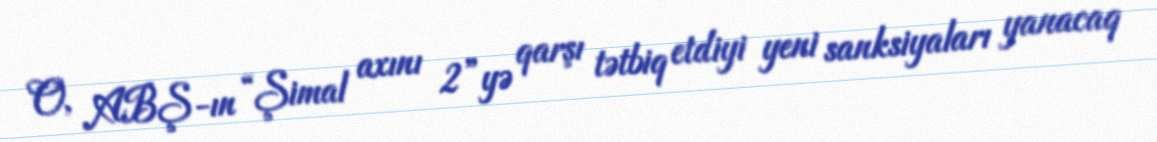
O, ABŞ-ın “Şimal axını 2”yə qarşı tətbiq etdiyi yeni sanksiyaları yanacaq